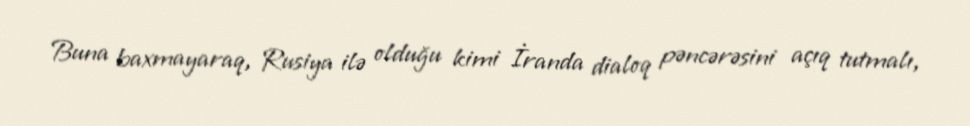
Buna baxmayaraq, Rusiya ilə olduğu kimi İranda dialoq pəncərəsini açıq tutmalı,